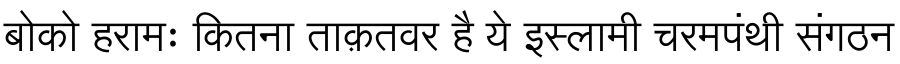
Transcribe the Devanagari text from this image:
बोको हरामः कितना ताक़तवर है ये इस्लामी चरमपंथी संगठन